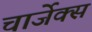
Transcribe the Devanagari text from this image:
चार्जेक्स